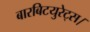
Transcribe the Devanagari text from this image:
बारबिटयुरेट्स।